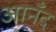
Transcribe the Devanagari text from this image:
आनँद